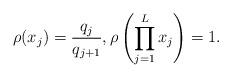
LaTeX: \begin{align*} \rho(x_j) = \frac{q_j}{q_{j+1}}, \rho\left(\prod_{j=1}^L x_j\right) = 1.\end{align*}